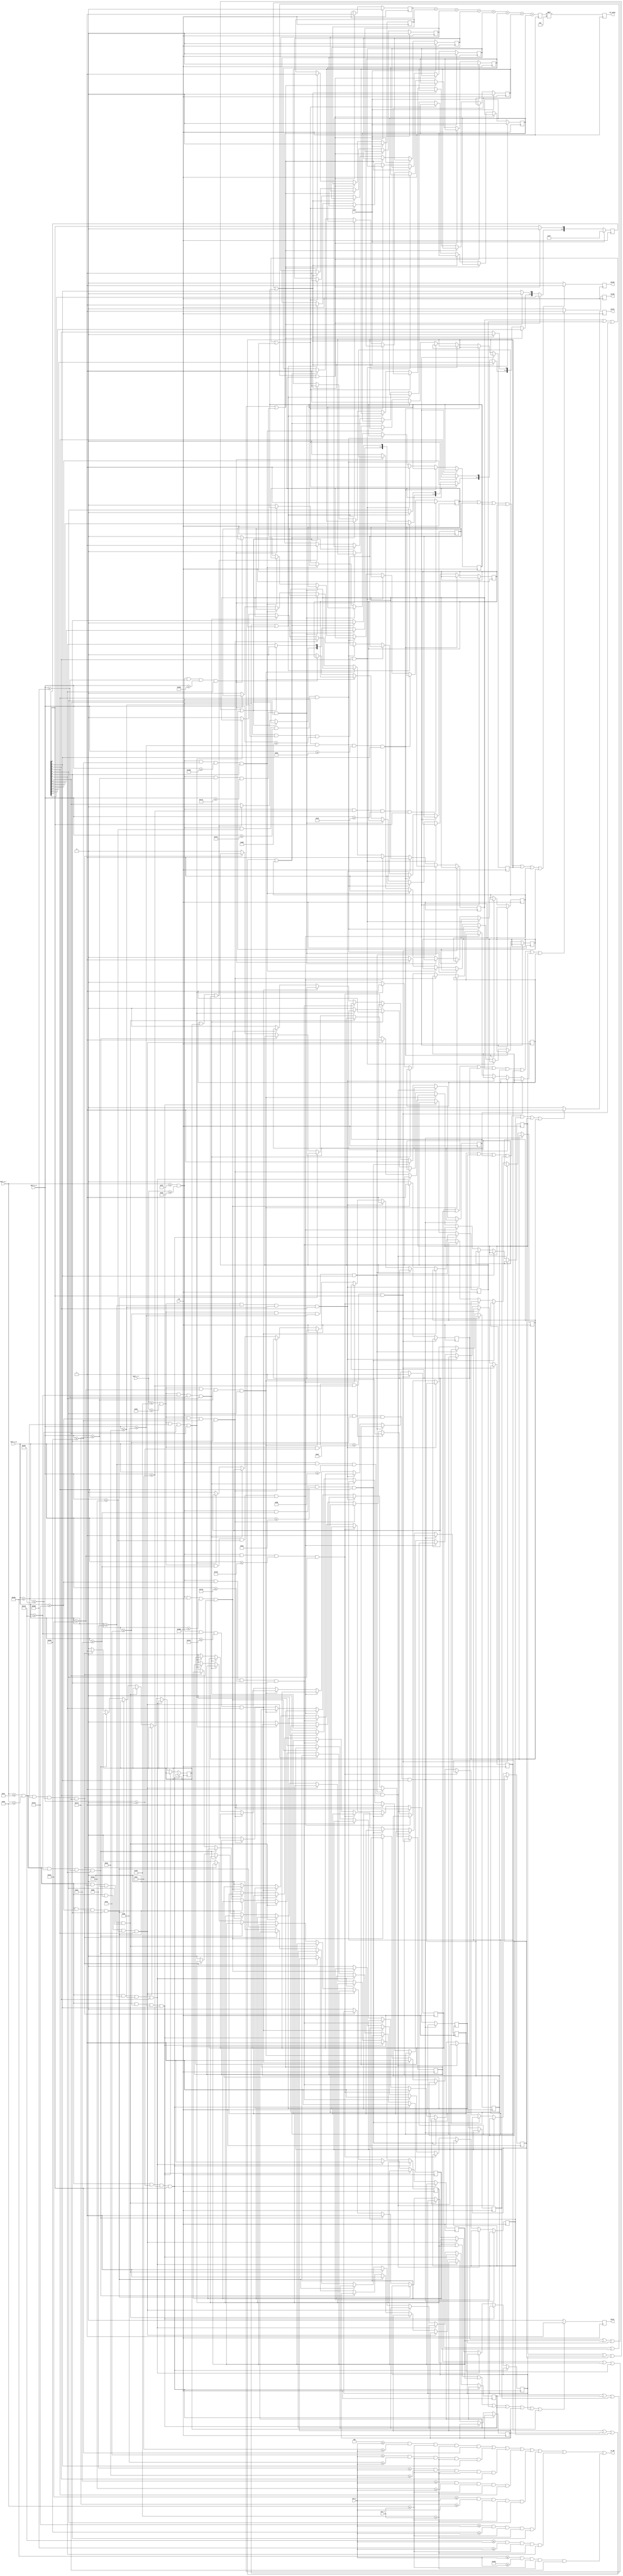
//----------------------------------//
// Breakout Files
// breakout_blocks_C2.v
// David J. Morvay
// ECEN 4856
// Fall 2020
//----------------------------------//

module breakout_blocks_C2 (clk, reset, pix_x, pix_y, ball_x_r, ball_x_l, ball_y_t, ball_y_b, moveU, moveD, moveL, moveR, C2_count, C2_ON);
input clk, reset;
input [10:0] pix_x, pix_y, ball_x_r, ball_x_l, ball_y_t, ball_y_b;
output moveU, moveD, moveL, moveR;
output [5:0] C2_count;
output C2_ON;

// Top, bottom, left, right side of block registers
reg moveU, moveD, moveL, moveR;
reg b0R, b0L, b0D;
reg b1R, b1L, b1U, b1D;
reg b2R, b2L, b2U, b2D;
reg b3R, b3L, b3U, b3D;
reg b4R, b4L, b4U, b4D;
reg b5R, b5L, b5U, b5D;
reg b6R, b6L, b6U, b6D;
reg b7R, b7L, b7U;


reg [7:0] blocks_C2;
initial blocks_C2 = 8'b11111111;

// Signals to turn blocks on
assign block_C2_R0 = ((4 <= pix_y) && (76 >= pix_y) && (57 <= pix_x) && (72 >= pix_x) && (blocks_C2[0] == 1));
assign block_C2_R1 = ((78 <= pix_y) && (150 >= pix_y) && (57 <= pix_x) && (72 >= pix_x) && (blocks_C2[1] == 1));
assign block_C2_R2 = ((152 <= pix_y) && (224 >= pix_y) && (57 <= pix_x) && (72 >= pix_x) && (blocks_C2[2] == 1));
assign block_C2_R3 = ((226 <= pix_y) && (298 >= pix_y) && (57 <= pix_x) && (72 >= pix_x) && (blocks_C2[3] == 1));
assign block_C2_R4 = ((300 <= pix_y) && (372 >= pix_y) && (57 <= pix_x) && (72 >= pix_x) && (blocks_C2[4] == 1));
assign block_C2_R5 = ((374 <= pix_y) && (446 >= pix_y) && (57 <= pix_x) && (72 >= pix_x) && (blocks_C2[5] == 1));
assign block_C2_R6 = ((448 <= pix_y) && (520 >= pix_y) && (57 <= pix_x) && (72 >= pix_x) && (blocks_C2[6] == 1));
assign block_C2_R7 = ((522 <= pix_y) && (595 >= pix_y) && (57 <= pix_x) && (72 >= pix_x) && (blocks_C2[7] == 1));

// x - Parameters for this column of blocks
localparam right_border = 72;
localparam right_border_in = 69;
localparam left_border = 57;
localparam left_border_in = 60;
localparam right_ext = 79;
localparam left_ext = 50;

// Counters for score
reg counter0, counter1, counter2, counter3, counter4, counter5, counter6, counter7;

// Board reset
// If a block has been hit, it will turn off the block, and increment the score
always @(posedge clk)
	if (reset) begin
		blocks_C2 = 8'b11111111;
		counter0 = 0; counter1 = 0; counter2 = 0; counter3 = 0;
		counter4 = 0; counter5 = 0; counter6 = 0; counter7 = 0; 
	end
	else if (b0R || b0L || b0D) begin
		counter0 = 1;
		blocks_C2[0] = 0;
	end
	else if (b1R || b1L || b1U || b1D) begin
		counter1 = 1;
		blocks_C2[1] = 0;
	end
	else if (b2R || b2L || b2U || b2D) begin
		counter2 = 1;
		blocks_C2[2] = 0;
	end
	else if (b3R || b3L || b3U || b3D) begin
		counter3 = 1;
		blocks_C2[3] = 0;
	end
	else if (b4R || b4L || b4U || b4D) begin
		counter4 = 1;
		blocks_C2[4] = 0;
	end
	else if (b5R || b5L || b5U || b5D) begin
		counter5 = 1;
		blocks_C2[5] = 0;
	end
	else if (b6R || b6L || b6U || b6D) begin
		counter6 = 1;
		blocks_C2[6] = 0;
	end
	else if (b7R || b7L || b7U) begin
		counter7 = 1;
		blocks_C2[7] = 0;
	end
	
// If any block is hit, the signal is sent here to
// determine the direction the ball should be redirected.
always @(posedge clk)
	if (b0R || b1R || b2R || b3R || b4R || b5R || b6R || b7R)
		moveR = 1;
	else
		moveR = 0;

always @(posedge clk)
	if (b0L || b1L || b2L || b3L || b4L || b5L || b6L || b7L)
		moveL = 1;
	else
		moveL = 0;

always @(posedge clk)
	if (b1U || b2U || b3U || b4U || b5U || b6U || b7U)
		moveU = 1;
	else
		moveU = 0;

always @(posedge clk)
	if (b0D || b1D || b2D || b3D || b4D || b5D || b6D)
		moveD = 1;
	else
		moveD = 0;


// Always block for right of block hits.
// If the ball hits the right side of a block,
// it will bounce off towards to right direction.
always @(posedge clk)
	if ((ball_x_l <= right_border) && (ball_x_l >= right_border_in) && (ball_y_t >= 0) && (ball_y_t <= 76) && (blocks_C2[0] == 1)) 
		b0R = 1;
	
	else if ((ball_x_l <= right_border) && (ball_x_l >= right_border_in) && (ball_y_b >= 78) && (ball_y_t <= 150) && (blocks_C2[1] == 1))
		b1R = 1;

	else if ((ball_x_l <= right_border) && (ball_x_l >= right_border_in) && (ball_y_b >= 152) && (ball_y_t <= 224) && (blocks_C2[2] == 1))
		b2R = 1;

	else if ((ball_x_l <= right_border) && (ball_x_l >= right_border_in) && (ball_y_b >= 226) && (ball_y_t <= 298) && (blocks_C2[3] == 1))
		b3R = 1;

	else if ((ball_x_l <= right_border) && (ball_x_l >= right_border_in) && (ball_y_b >= 300) && (ball_y_t <= 372) && (blocks_C2[4] == 1))
		b4R = 1;

	else if ((ball_x_l <= right_border) && (ball_x_l >= right_border_in) && (ball_y_b >= 374) && (ball_y_t <= 446) && (blocks_C2[5] == 1))
		b5R = 1;

	else if ((ball_x_l <= right_border) && (ball_x_l >= right_border_in) && (ball_y_b >= 448) && (ball_y_t <= 520) && (blocks_C2[6] == 1))
		b6R = 1;

	else if ((ball_x_l <= right_border) && (ball_x_l >= right_border_in) && (ball_y_b >= 522) && (ball_y_b <= 599) && (blocks_C2[7] == 1))
		b7R = 1;
	else 
		begin
			b0R = 0; b1R = 0; b2R = 0; b3R = 0; b4R = 0; b5R = 0; b6R = 0; b7R = 0;
		end			

// Always block for left side hits
// If the ball hits the left side of a block,
// it will bounce back in the left direction.
always @(posedge clk)
	if ((ball_x_r <= left_border_in) && (ball_x_r >= left_border) && (ball_y_t >= 0) && (ball_y_t <= 76) && (blocks_C2[0] == 1)) 
		b0L = 1;
	
	else if ((ball_x_r <= left_border_in) && (ball_x_r >= left_border) && (ball_y_b >= 78) && (ball_y_t <= 150) && (blocks_C2[1] == 1))
		b1L = 1;

	else if ((ball_x_r <= left_border_in) && (ball_x_r >= left_border) && (ball_y_b >= 152) && (ball_y_t <= 224) && (blocks_C2[2] == 1))
		b2L = 1;

	else if ((ball_x_r <= left_border_in) && (ball_x_r >= left_border) && (ball_y_b >= 226) && (ball_y_t <= 298) && (blocks_C2[3] == 1))
		b3L = 1;

	else if ((ball_x_r <= left_border_in) && (ball_x_r >= left_border) && (ball_y_b >= 300) && (ball_y_t <= 372) && (blocks_C2[4] == 1))
		b4L = 1;

	else if ((ball_x_r <= left_border_in) && (ball_x_r >= left_border) && (ball_y_b >= 374) && (ball_y_t <= 446) && (blocks_C2[5] == 1))
		b5L = 1;

	else if ((ball_x_r <= left_border_in) && (ball_x_r >= left_border) && (ball_y_b >= 448) && (ball_y_t <= 520) && (blocks_C2[6] == 1))
		b6L = 1;

	else if ((ball_x_r <= left_border_in) && (ball_x_r >= left_border) && (ball_y_b >= 522) && (ball_y_b <= 599) && (blocks_C2[7] == 1))
		b7L = 1;
	else 
		begin
			b0L = 0; b1L = 0; b2L = 0; b3L = 0; b4L = 0; b5L = 0; b6L = 0; b7L = 0;
		end	

// Always block for bottom side hits
// If the ball hits the bottom side of the block,
// it will bounce back in the down direction.
always @(posedge clk)
	if ((ball_x_r <= right_ext) && (ball_x_l >= left_ext) && (ball_y_t <= 76) && (ball_y_t >= 73) && (blocks_C2[0] == 1))
		b0D = 1;

	else if ((ball_x_r <= right_ext) && (ball_x_l >= left_ext) && (ball_y_t <= 150) && (ball_y_t >= 147) && (blocks_C2[1] == 1))
		b1D = 1;

	else if ((ball_x_r <= right_ext) && (ball_x_l >= left_ext) && (ball_y_t <= 224) && (ball_y_t >= 221) && (blocks_C2[2] == 1))
		b2D = 1;

	else if ((ball_x_r <= right_ext) && (ball_x_l >= left_ext) && (ball_y_t <= 298) && (ball_y_t >= 295) && (blocks_C2[3] == 1))
		b3D = 1;

	else if ((ball_x_r <= right_ext) && (ball_x_l >= left_ext) && (ball_y_t <= 372) && (ball_y_t >= 369) && (blocks_C2[4] == 1))
		b4D = 1;

	else if ((ball_x_r <= right_ext) && (ball_x_l >= left_ext) && (ball_y_t <= 446) && (ball_y_t >= 443) && (blocks_C2[5] == 1))
		b5D = 1;

	else if ((ball_x_r <= right_ext) && (ball_x_l >= left_ext) && (ball_y_t <= 520) && (ball_y_t >= 517) && (blocks_C2[6] == 1))
		b6D = 1;
	
	else 
		begin
			b0D = 0; b1D = 0; b2D = 0; b3D = 0; b4D = 0; b5D = 0; b6D = 0; 
		end	

// Always block for top side hits
// If the ball hits the top side of a block,
// it will bounce back in the up direction.
always @(posedge clk)
	if ((ball_x_r <= right_ext) && (ball_x_l >= left_ext) && (ball_y_b >= 78) && (ball_y_b <= 81) && (blocks_C2[1] == 1))
		b1U = 1;

	else if ((ball_x_r <= right_ext) && (ball_x_l >= left_ext) && (ball_y_b >= 152) && (ball_y_b <= 155) && (blocks_C2[2] == 1))
		b2U = 1;

	else if ((ball_x_r <= right_ext) && (ball_x_l >= left_ext) && (ball_y_b >= 226) && (ball_y_b <= 229) && (blocks_C2[3] == 1))
		b3U = 1;

	else if ((ball_x_r <= right_ext) && (ball_x_l >= left_ext) && (ball_y_b >= 300) && (ball_y_b <= 303) && (blocks_C2[4] == 1))
		b4U = 1;

	else if ((ball_x_r <= right_ext) && (ball_x_l >= left_ext) && (ball_y_b >= 374) && (ball_y_b <= 377) && (blocks_C2[5] == 1))
		b5U = 1;

	else if ((ball_x_r <= right_ext) && (ball_x_l >= left_ext) && (ball_y_b >= 448) && (ball_y_b <= 451) && (blocks_C2[6] == 1))
		b6U = 1;

	else if ((ball_x_r <= right_ext) && (ball_x_l >= left_ext) && (ball_y_b >= 522) && (ball_y_b <= 525) && (blocks_C2[7] == 1))
		b7U = 1;
	
	else 
		begin
			b1U = 0; b2U = 0; b3U = 0; b4U = 0; b5U = 0; b6U = 0; b7U = 0; 
		end	

// Signal sent to turn on a block
assign C2_ON = block_C2_R0 || block_C2_R1 || block_C2_R2 || block_C2_R3 || block_C2_R4 || block_C2_R5 || block_C2_R6 || block_C2_R7;

// Counter to determine score from the number of blocks hit
reg [3:0] C2_count_small;
always @(posedge clk) begin
		C2_count_small <= (counter0 + counter1 + counter2 + counter3 + counter4 + counter5 + counter6 + counter7);
end

// Score multipled to appropriate amount for the respectice column
reg [5:0] C2_count;
always @(posedge clk) begin
	C2_count <= C2_count_small * 5;
end
		
endmodule